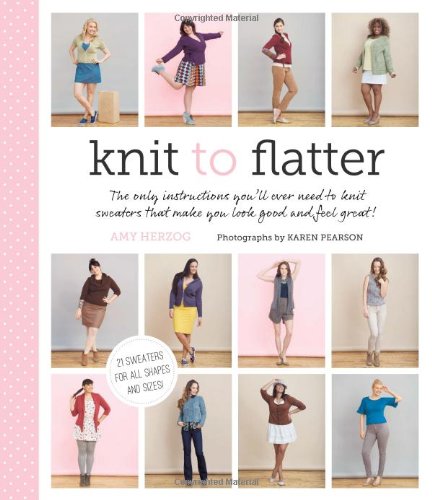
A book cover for Knit to Flatter: The Only Instructions You'll Ever Need to Knit Sweaters that make You Look Good and Feel Great!; Amy Herzog; Crafts, Hobbies & Home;